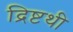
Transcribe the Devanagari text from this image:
द्रिष्टथी